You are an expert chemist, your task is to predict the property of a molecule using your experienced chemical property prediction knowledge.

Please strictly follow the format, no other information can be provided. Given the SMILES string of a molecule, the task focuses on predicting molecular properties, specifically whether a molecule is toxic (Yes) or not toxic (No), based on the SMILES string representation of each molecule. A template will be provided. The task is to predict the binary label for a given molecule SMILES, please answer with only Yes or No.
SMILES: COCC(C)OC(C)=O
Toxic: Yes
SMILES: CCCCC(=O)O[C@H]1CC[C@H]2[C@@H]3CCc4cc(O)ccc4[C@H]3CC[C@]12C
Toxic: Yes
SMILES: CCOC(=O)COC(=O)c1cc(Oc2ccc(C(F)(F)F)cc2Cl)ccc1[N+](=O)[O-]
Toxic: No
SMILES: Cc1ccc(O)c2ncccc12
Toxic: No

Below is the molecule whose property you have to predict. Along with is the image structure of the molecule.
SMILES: NNCCc1ccccc1
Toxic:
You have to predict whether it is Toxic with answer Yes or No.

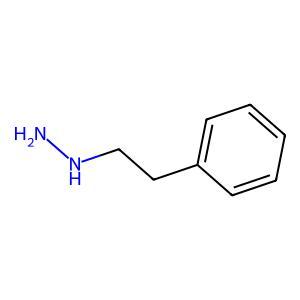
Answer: Yes